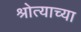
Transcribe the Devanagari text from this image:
श्रोत्याच्या